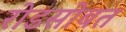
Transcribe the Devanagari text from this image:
रोडसोबत